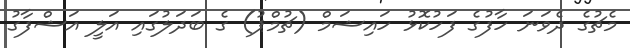
މެޗުގެ ދެވަނަ ހާފުގެ ފަހުކޮޅު ހައިޝަމް (ޗުމްޕު) ގެ ބަދަލުގައި އަލީ އަޝްފާގު